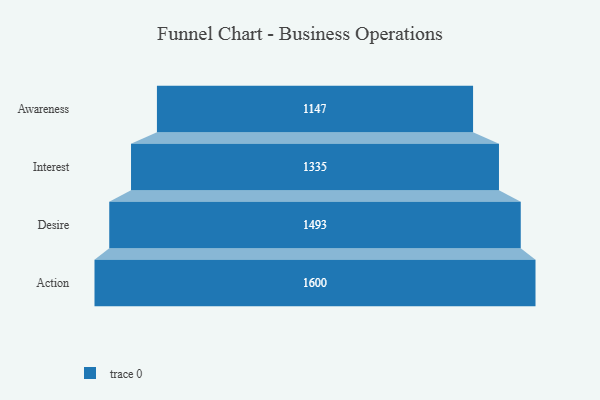
{"axis": {"x": "Stage", "y": "Value"}, "legend": [""], "data": [{"x": "Awareness", "y": 1147.0, "type": ""}, {"x": "Interest", "y": 1335.0, "type": ""}, {"x": "Desire", "y": 1493.0, "type": ""}, {"x": "Action", "y": 1600.0, "type": ""}]}